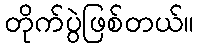
တိုက်ပွဲဖြစ်တယ်။